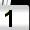
Digit: 1